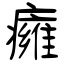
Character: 癕